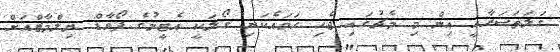
ގަލަތަސަރާއީ އިން މި މެޗުގައި ޖެހި ހަމައެކަނި ގޯލަކީ އެޓީމުގެ ފޯވާޑް ޔިލްމާޒްއަށް